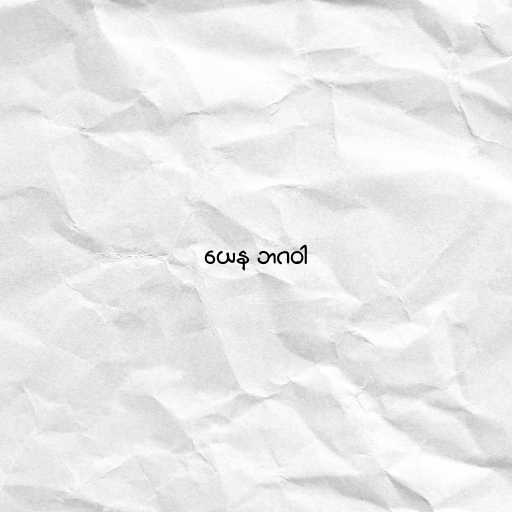
ယေန ဘဂဝါ